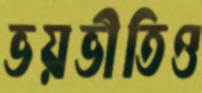
ভয়ভীতিও